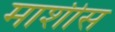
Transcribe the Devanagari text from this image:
माशीस